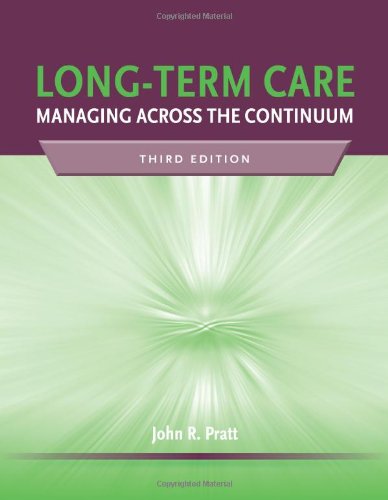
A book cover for Long-Term Care: Managing Across the Continuum, 3rd Edition; John R. Pratt; Medical Books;